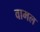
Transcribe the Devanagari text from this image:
वामल